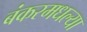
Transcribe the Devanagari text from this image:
बंकरमधल्या